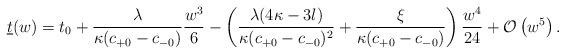
\begin{align*} \underline{t}(w)=t_0+\frac{\lambda}{\kappa(c_{+0}-c_{-0})}\frac{w^3}{6}-\left(\frac{\lambda(4\kappa-3l)}{\kappa(c_{+0}-c_{-0})^2}+\frac{\xi}{\kappa(c_{+0}-c_{-0})}\right)\frac{w^4}{24}+\mathcal{O}\left(w^5\right).\end{align*}